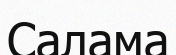
Салама